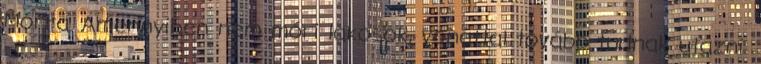
Mórra. Amennyiben nem móri lakosok, vonattal tovább tudnak utazni.